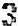
3